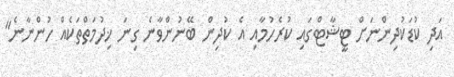
އަދި ކުޑަކުދިންނަށް ޓީޝާޓްގައި ކުރެހުމާއި އެ ކުދިން ބޭނުންވާނެ ގިނަ ޚިދުމަތްތަކެއް ހުންނާނެ"